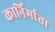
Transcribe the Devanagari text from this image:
कार्निर्माता